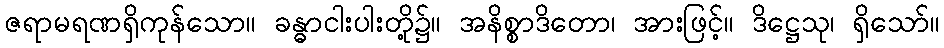
ဇရာမရဏရှိကုန်သော။ ခန္ဓာငါးပါးတို့၌။ အနိစ္စာဒိတော၊ အားဖြင့်။ ဒိဋ္ဌေသု၊ ရှိသော်။